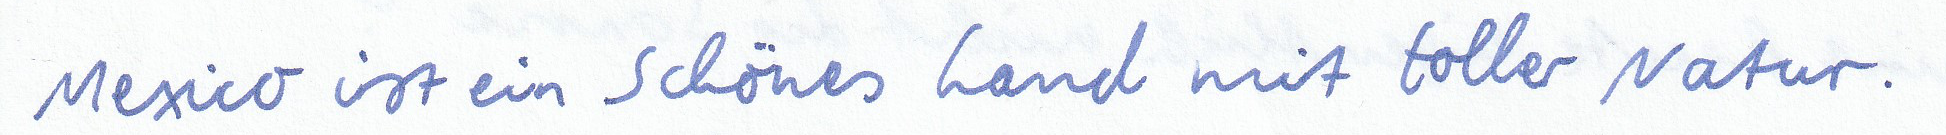
Mexico ist ein schönes Land mit toller Natur.